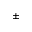
\pm